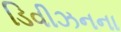
ડિવીઝનના